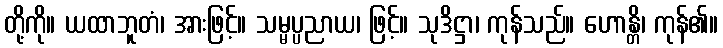
တို့ကို။ ယထာဘူတံ၊ အားဖြင့်။ သမ္မပ္ပညာယ၊ ဖြင့်။ သုဒိဋ္ဌာ၊ ကုန်သည်။ ဟောန္တိ၊ ကုန်၏။